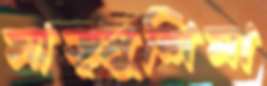
মাত্সুশিমা